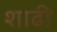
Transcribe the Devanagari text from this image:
शाढी